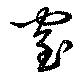
窒